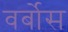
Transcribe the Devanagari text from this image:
वर्बोस